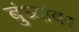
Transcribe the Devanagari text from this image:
बुंध्यांवर